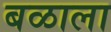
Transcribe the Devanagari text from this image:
बळाला